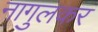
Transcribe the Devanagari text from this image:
नागुलकर